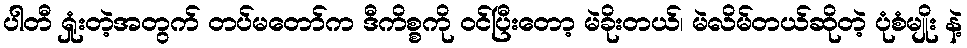
ပါတီ ရှုံးတဲ့အတွက် တပ်မတော်က ဒီကိစ္စကို ဝင်ပြီးတော့ မဲခိုးတယ်၊ မဲလိမ်တယ်ဆိုတဲ့ ပုံစံမျိုး နဲ့